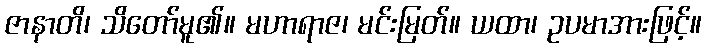
ဇာနာတိ၊ သိတော်မူ၏။ မဟာရာဇ၊ မင်းမြတ်။ ယထာ၊ ဥပမာအားဖြင့်။